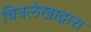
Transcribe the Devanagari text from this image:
चित्रलेखाद्वारा